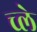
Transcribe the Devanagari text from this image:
च्ले